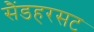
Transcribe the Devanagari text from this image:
सैंडहरसट